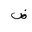
Letter: _dad